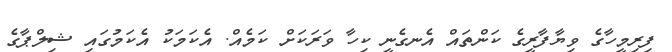
ފިރިމީހާގެ ވިޔާފާރީގެ ކަންތައް އެނގެނީ ކިހާ ވަރަކަށް ކަމެއް. އެކަމަކު އެކަމުގައި ޝިލްޕާގެ